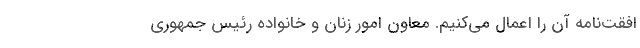
افقت‌نامه آن را اعمال می‌کنیم. معاون امور زنان و خانواده رئیس جمهوری